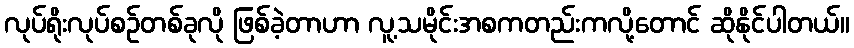
လုပ်ရိုးလုပ်စဉ်တစ်ခုလို ဖြစ်ခဲ့တာဟာ လူ့သမိုင်းအစကတည်းကလို့တောင် ဆိုနိုင်ပါတယ်။